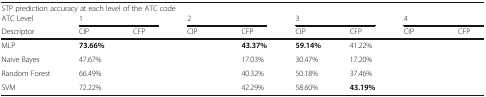
<table><thead><tr><td colspan="9"><b>STP prediction accuracy at each level of the ATC code</b></td></tr><tr><td><b>ATC Level</b></td><td colspan="2"><b>1</b></td><td colspan="2"><b>2</b></td><td colspan="2"><b>3</b></td><td colspan="2"><b>4</b></td></tr><tr><td><b>Descriptor</b></td><td><b>CIP</b></td><td><b>CFP</b></td><td><b>CIP</b></td><td><b>CFP</b></td><td><b>CIP</b></td><td><b>CFP</b></td><td><b>CIP</b></td><td><b>CFP</b></td></tr></thead><tbody><tr><td>MLP</td><td><b>73.66%</b></td><td>[EMPTY_CELL]</td><td>[EMPTY_CELL]</td><td><b>43.37%</b></td><td><b>59.14%</b></td><td>41.22%</td><td>[EMPTY_CELL]</td><td>[EMPTY_CELL]</td></tr><tr><td>Naive Bayes</td><td>47.67%</td><td>[EMPTY_CELL]</td><td>[EMPTY_CELL]</td><td>17.03%</td><td>30.47%</td><td>17.20%</td><td>[EMPTY_CELL]</td><td>[EMPTY_CELL]</td></tr><tr><td>Random Forest</td><td>66.49%</td><td>[EMPTY_CELL]</td><td>[EMPTY_CELL]</td><td>40.32%</td><td>50.18%</td><td>37.46%</td><td>[EMPTY_CELL]</td><td>[EMPTY_CELL]</td></tr><tr><td>SVM</td><td>72.22%</td><td>[EMPTY_CELL]</td><td>[EMPTY_CELL]</td><td>42.29%</td><td>58.60%</td><td><b>43.19%</b></td><td>[EMPTY_CELL]</td><td>[EMPTY_CELL]</td></tr></tbody></table>